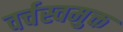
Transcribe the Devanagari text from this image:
वर्चस्वमुक्त